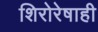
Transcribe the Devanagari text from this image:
शिरोरेषाही